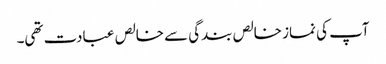
آپ کی نماز خالص بندگی سے خالص عبادت تھی۔